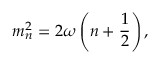
m _ { n } ^ { 2 } = 2 \omega \left( n + \frac { 1 } { 2 } \right) ,